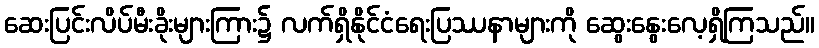
ဆေးပြင်းလိပ်မီးခိုးများကြား၌ လက်ရှိနိုင်ငံရေးပြဿနာများကို ဆွေးနွေးလေ့ရှိကြသည်။